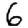
Digit: 6